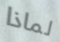
لماذا